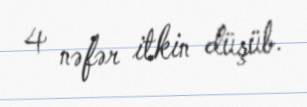
4 nəfər itkin düşüb.